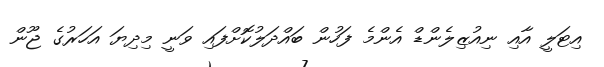
އިޓަލީ އާއި ނިއުޒިލެންޑް އެންމެ ފަހުން ބައްދަލުކޮށްފައި ވަނީ މިދިޔަ އަހަރުގެ ޖޫން